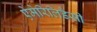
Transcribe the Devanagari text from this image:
ऐमेरिलिडैसी